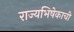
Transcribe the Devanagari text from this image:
राज्यभिषेकाची